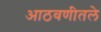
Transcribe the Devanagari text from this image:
आठवणीतले